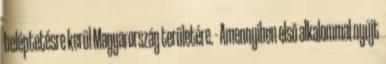
beléptetésre kerül Magyarország területére. - Amennyiben első alkalommal nyújt